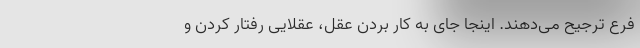
فرع ترجیح می‌دهند. اینجا جای به کار بردن عقل، عقلایی رفتار کردن و